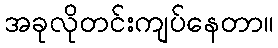
အခုလိုတင်းကျပ်နေတာ။